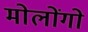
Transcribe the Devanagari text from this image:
मोलोंगो